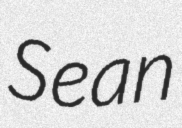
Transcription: Sean